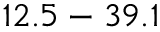
1 2 . 5 - 3 9 . 1 \